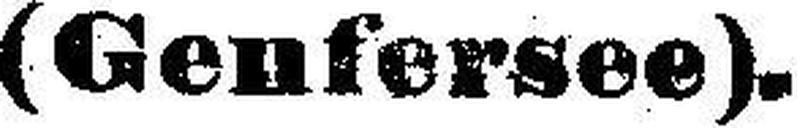
(Genfersee).